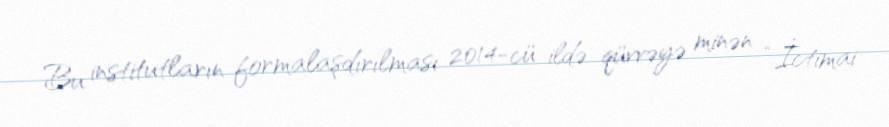
Bu institutların formalaşdırılması 2014-cü ildə qüvvəyə minən “İctimai